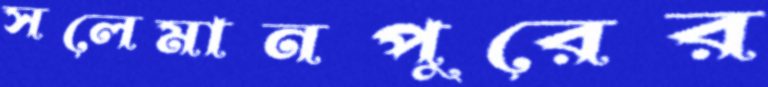
সলেমানপুরের